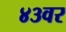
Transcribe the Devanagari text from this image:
४३वर